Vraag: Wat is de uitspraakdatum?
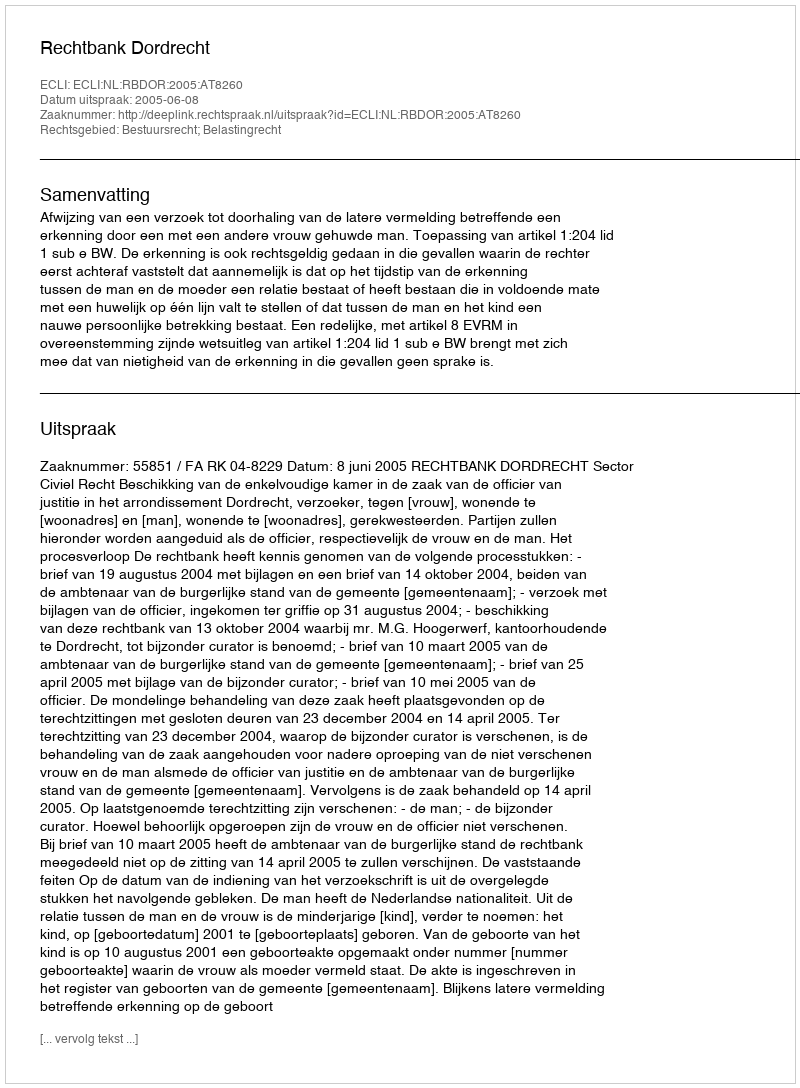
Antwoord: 2005-06-08